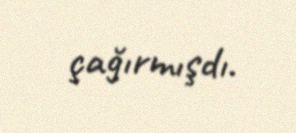
çağırmışdı.